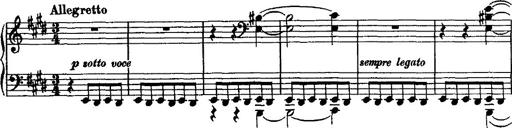
Title: Valse mÃ©lancolique
Composer: Paul Vidal
Key: F-sharp minor